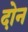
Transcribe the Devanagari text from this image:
दाेन